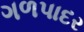
ગળપાદર